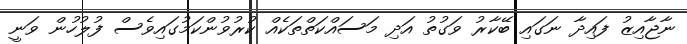
ނާޖާއިޒު ފައިދާ ނަގައި ބޭކާރު ވަގުތު އަދި މަސައްކަތްތަކެއް ކުރުވުންކަމުގައިވެސް ފުލުހުން ވަނީ